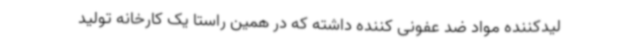
لیدکننده مواد ضد عفونی کننده داشته که در همین راستا یک کارخانه تولید